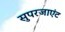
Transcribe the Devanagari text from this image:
सुपरजाएंट